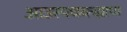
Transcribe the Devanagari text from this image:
आउरपचक्खाण